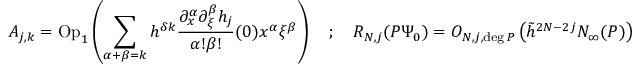
A _ { j , k } = \mathrm { O p } _ { 1 } \left( \sum _ { \alpha + \beta = k } h ^ { \delta k } \frac { \partial _ { x } ^ { \alpha } \partial _ { \xi } ^ { \beta } h _ { j } } { \alpha ! \beta ! } ( 0 ) x ^ { \alpha } \xi ^ { \beta } \right) \quad ; \quad R _ { N , j } ( P \Psi _ { 0 } ) = O _ { N , j , \deg P } \left( \tilde { h } ^ { 2 N - 2 j } N _ { \infty } ( P ) \right)